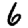
Digit: 6